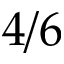
4 / 6